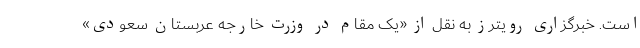
است. خبرگزاری رویترز به نقل از «یک مقام در وزرت خارجه عربستان سعودی»